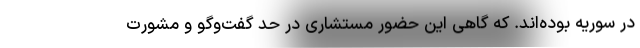
در سوریه بوده‌اند. که گاهی این حضور مستشاری در حد گفت‌وگو و مشورت